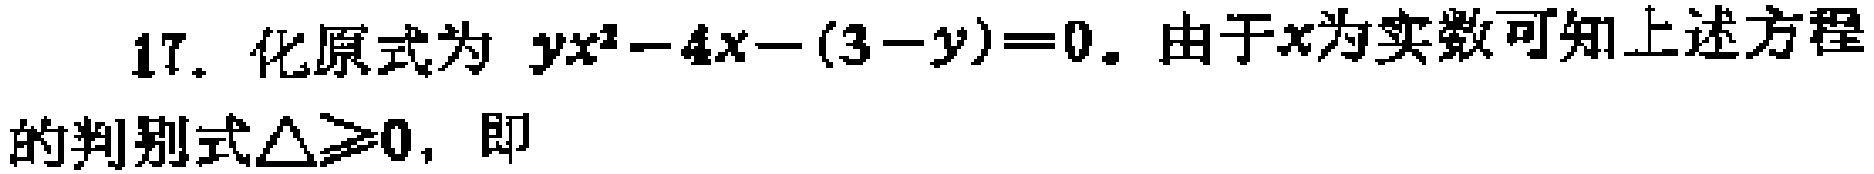
17. 化原式为 \(yx^{2}-4x-(3 - y)=0\). 由于 \(x\)为实数可知上述方程的判别式\(\triangle\geq0\)，即